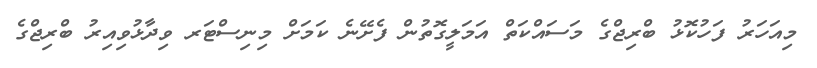
މިއަހަރު ފަހުކޮޅު ބްރިޖްގެ މަސައްކަތް އަމަލީގޮތުން ފެށޭނެ ކަމަށް މިނިސްޓަރ ވިދާޅުވިއިރު ބްރިޖްގެ